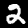
Digit: 2